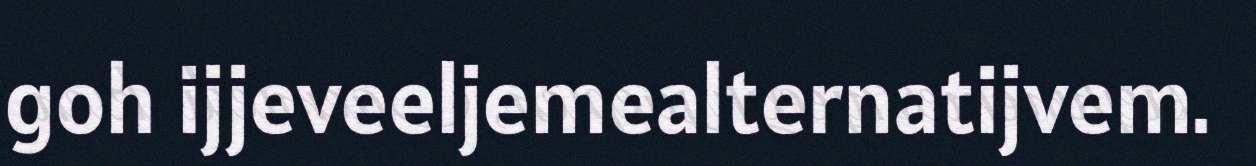
goh ijjeveeljemealternatijvem.